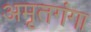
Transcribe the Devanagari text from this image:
अमृतगंगा